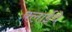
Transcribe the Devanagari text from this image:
फ्लाईवे